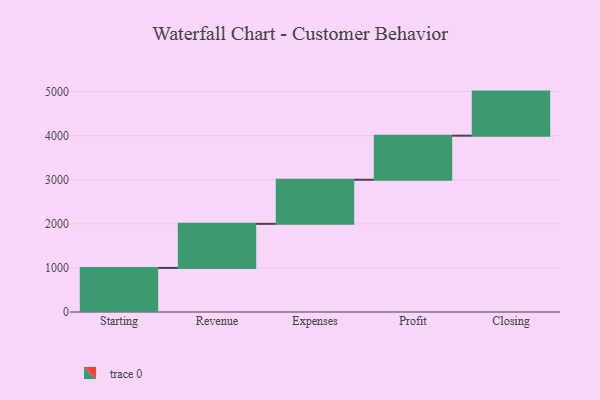
{"axis": {"x": "Step", "y": "Value"}, "legend": [""], "data": [{"x": "Starting", "y": 1000, "type": ""}, {"x": "Revenue", "y": 1000, "type": ""}, {"x": "Expenses", "y": 1000, "type": ""}, {"x": "Profit", "y": 1000, "type": ""}, {"x": "Closing", "y": 1000, "type": ""}]}